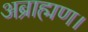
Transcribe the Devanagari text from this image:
अब्राह्मण।